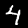
Digit: 4